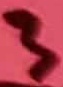
Text: 3